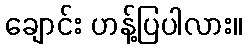
ချောင်း ဟန့်ပြပါလား။